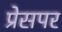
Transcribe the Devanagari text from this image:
प्रेसपर